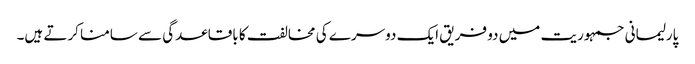
پارلیمانی جمہوریت میں دو فریق ایک دوسرے کی مخالفت کا باقاعدگی سے سامنا کرتے ہیں۔